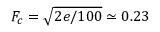
F _ { c } = \sqrt { 2 e / 1 0 0 } \simeq 0 . 2 3